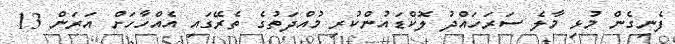
ފެނިގެން މުޅި މާލެ ސަރަހައްދު ލޮކްޑައުންކުރި މުއްދަތުގެ ތެރޭގައި އެއްހާހަށް އަރަން 13